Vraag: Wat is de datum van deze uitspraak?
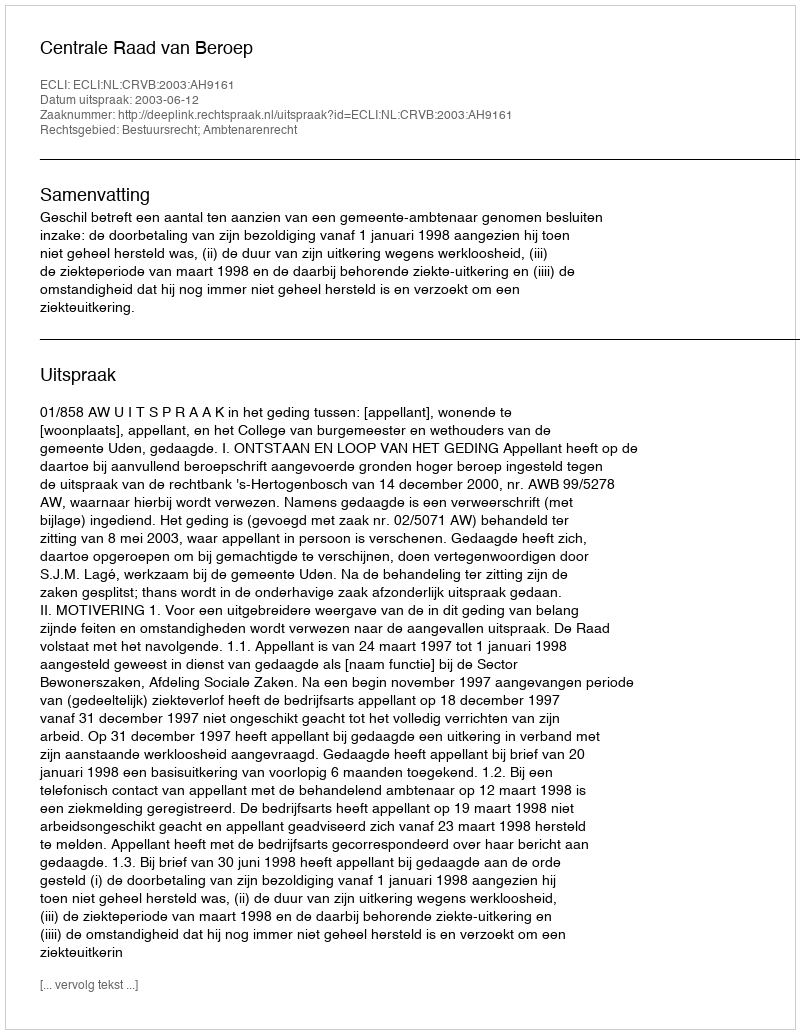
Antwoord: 2003-06-12